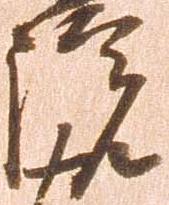
院